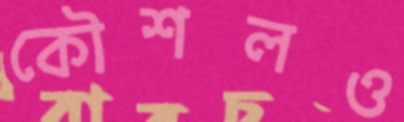
কৌশলও